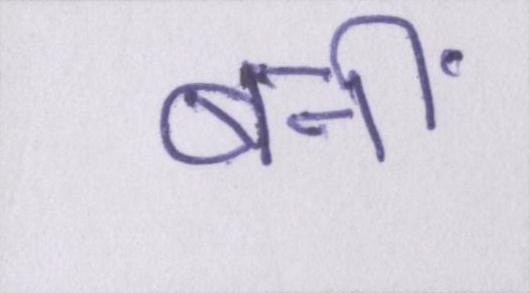
बनीं